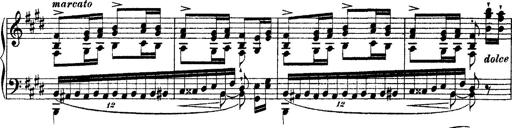
Title: Ã‰tudes d'exÃ©cution transcendante d'aprÃ¨s Paganini
Composer: Franz Liszt